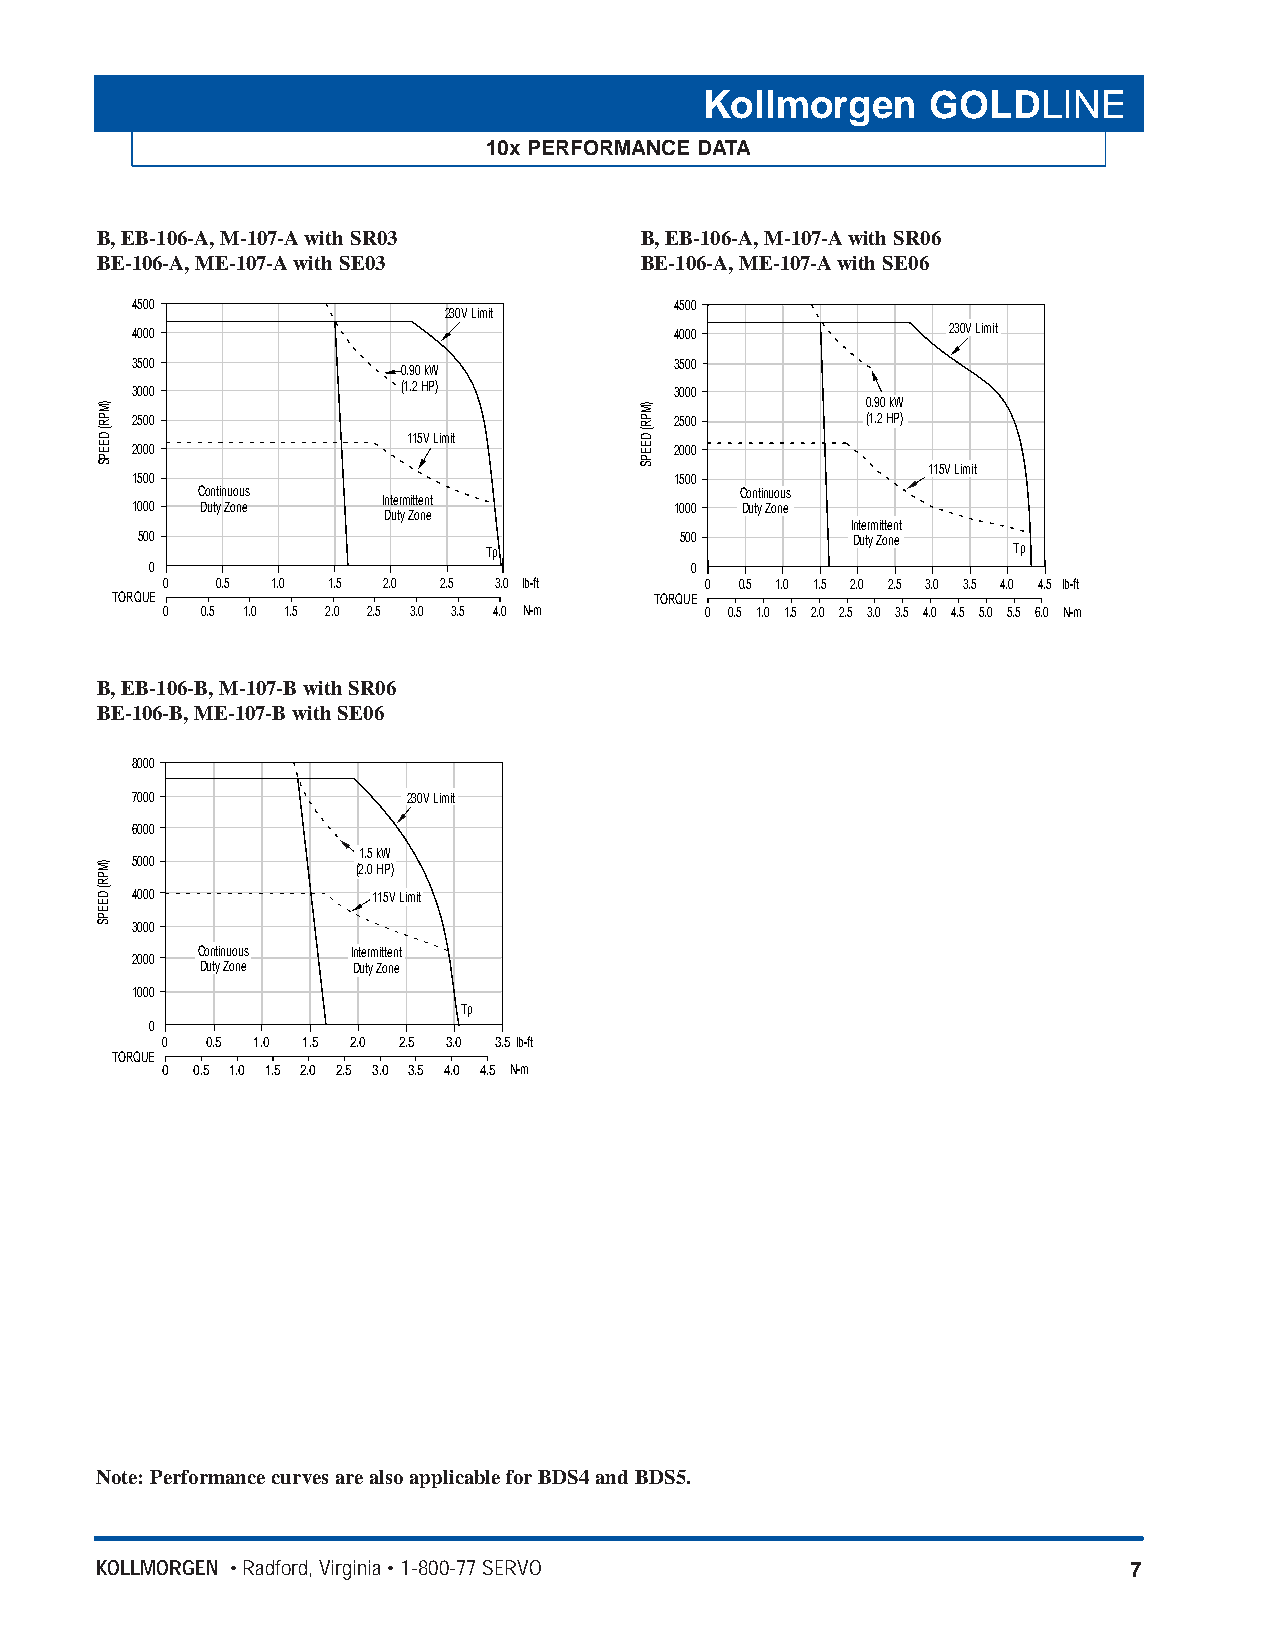
Kollmorgen     GOLDLINE
 10x PERFORMANCE DATA
 B, EB-106-A, M-107-Awith SR03       B, EB-106-A, M-107-Awith SR06
 BE-106-A, ME-107-Awith SE03         BE-106-A, ME-107-Awith SE06
 4500                                4500
 230V Limit
 4000                                4000              230V Limit
 3500              0.90 kW           3500
 3000              (1.2 HP)          3000
 0.90 kW
 2500                                2500        (1.2 HP)
 115V Limit
 2000                                2000
 115V Limit
 1500                                1500
 Continuous                          Continuous
 Intermittent
 1000 Duty Zone                      1000 Duty Zone
 Duty Zone
 Intermittent
 500                                 500        Duty Zone
 Tp                                 Tp
 0                                   0
 0  0.5 1.0 1.5 2.0 2.5 3.0 lb-ft    0 0.5 1.0 1.5 2.0 2.5 3.0 3.5 4.0 4.5 lb-ft
 TORQUE                              TORQUE
 0 0.5 1.0 1.5 2.0 2.5 3.0 3.5 4.0 N-m 0 0.5 1.0 1.5 2.0 2.5 3.0 3.5 4.0 4.5 5.0 5.5 6.0 N-m
 B, EB-106-B, M-107-B with SR06
 BE-106-B, ME-107-B with SE06
 8000
 7000              230V Limit
 6000
 1.5 kW
 5000           (2.0 HP)
 4000            115V Limit
 3000
 Continuous Intermittent
 2000
 Duty Zone Duty Zone
 1000
 Tp
 0
 0  0.5 1.0 1.5 2.0 2.5 3.0 3.5lb-ft
 TORQUE
 0 0.5 1.0 1.5 2.0 2.5 3.0 3.5 4.0 4.5 N-m
 Note: Performance curves are also applicable forBDS4 and BDS5.
 KOLLMORGEN • Radford, Virginia • 1-800-77 SERVO                      7
 )MPR(
 DEEPS
 )MPR(
 DEEPS
 )MPR(
 DEEPS